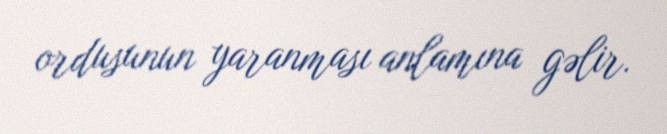
ordusunun yaranması anlamına gəlir.